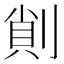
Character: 𠝿